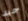
جيد